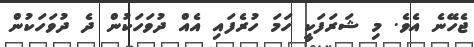
ޖެހޭނެ އެވެ. މި ޝަރަފަކީ ހަމަ ހުރެފައި އެއް ދުވަހަކުން ދެ ދުވަހަކުން